Leaving Certificate Examination (including Day School Certificate (Higher) General paper), 1930
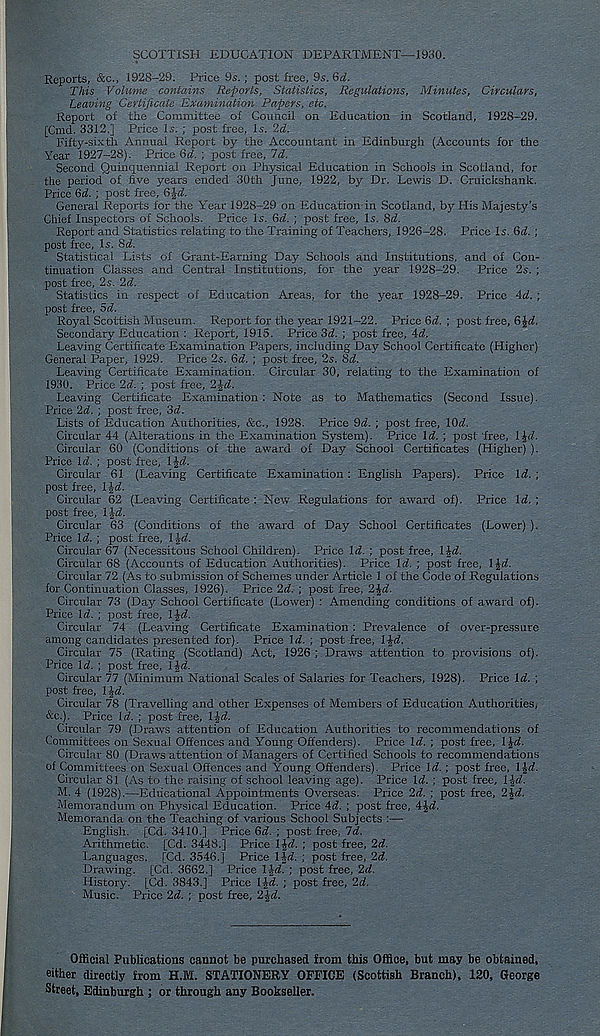
SCOTTISH EDUCATION DEPARTMENT—1930.
Reports, &c., 1928-29. Price 9s.; post free, 9s. 6d.
This Volume contains Reports, Statistics, Regulations, Minutes, Circulars,
Leaving Certificate Examination Papers, etc.
Report of the Committee of Council on Education in Scotland, 1928-29.
[Cmd. 3312.] Price Is. ; post free, Is. 2d.
Fifty-sixth Annual Report by the Accountant in Edinburgh (Accounts for the
Year 1927-28). Price 6d. ; post free, Td.
Second Quinquennial Report on Physical Education in Schools in Scotland, for
the period of five years ended 30th June, 1922, by Dr. Lewis D. Cruickshank.
Price 6o!. ; post free,
General Reports for the Year 1928-29 on Education in Scotland, by His Majesty’s
Chief Inspectors of Schools. Price Is. &d. ; post free. Is. Sd.
Report and Statistics relating to the Training of Teachers, 1926-28. Price Is. Qd. ;
post free, Is. 8a!.
Statistical Lists of Grant-Earning Day Schools and Institutions, and of Con-
tinuation Classes and Central Institutions, for the year 1928-29. Price 2s. ;
post free, 2s. 2d.
Statistics in respect of Education Areas, for the year 1928-29. Price id. ;
post free, Sd.
Royal Scottish Museum. Report for the year 1921-22. Price 6d ; post free, 6£rf.
Secondary Education : Report, 1915. Price 3d. ; post free, id.
Leaving Certificate Examination Papers, including Day School Certificate (Higher)
General Paper, 1929. Price 2s. 6d. ; post free, 2s. 8d.
Leaving Certificate Examination. Circular 30, relating to the Examination of
1930. Price 2d. ; post free, 2£d.
Leaving Certificate Examination : Note as to Mathematics (Second Issue).
Price 2d. ; post free, 3d.
Lists of Education Authorities, &c., 1928. Price 9d. ; post free, lOd.
Circular 44 (Alterations in the Examination System). Price Id. ; post free, l^d.
Circular 60 (Conditions of the award of Day School Certificates (Higher) ).
Price \d. ; post free, \^d.
Circular 61 (Leaving Certificate Examination : English Papers). Price Id. ;
post free, IJrf.
Circular 62 (Leaving Certificate : New Regulations for award of). Price Id. ;
post free, \\d.
Circular 63 (Conditions of the award of Day School Certificates (Lower) ).
Price Id. ; post free, Ifd
Circular 67 (Necessitous School Children). Price Id. ; post free, 1 Jd.
Circular 68 (Accounts of Education Authorities). Price Id. ; post free, l£d.
Circular 72 (As to submission of Schemes under Article 1 of the Code of Regulations
for Continuation Classes, 1926). Price 2d. ; post free, 2Jd.
Circular 73 (Day School Certificate (Lower) : Amending conditions of award of).
Price Id. ; post free, IJd.
Circular 74 (Leaving Certificate Examination : Prevalence of over-pressure
among candidates presented for). Price Id. ; post free, IJd.
Circular 75 (Rating (Scotland) Act, 1926 ; Draws attention to provisions of).
Price Id. ; post free, lid.
Circular 77 (Minimum National Scales of Salaries for Teachers, 1928). Price id. ;
post free, 1 £d.
Circular 78 (Travelling and other Expenses of Members of Education Authorities,
&c.). Price Id. ; post free, I Jd.
Circular 79 (Draws attention of Education Authorities to recommendations of
Committees on Sexual Offences and Young Offenders). Price Id. ; post free, 1 Jd.
Circular 80 (Draws attention of Managers of Certified Schools to recommendations
of Committees on Sexual Offences and Young Offenders). Price Id.; post free, 1 Id.
Circular 81 (As to the raising of school leaving age). Price Id. ; post free, l^d.
M. 4 (1928).—Educational Appointments Overseas. Price 2d. ; post free, 2Jd.
Memorandum on Physical Education. Price 4d. ; post free, 4£d.
Memoranda on the Teaching of various School Subjects :—
English. [Cd. 3410.] Price 6d. ; post free, 7d.
Arithmetic. [Cd. 3448.] Price IJd. ; post free, 2d.
Languages. [Cd. 3546.] Price 14d. ; post free, 2d.
Drawing. [Cd. 3662.] Price l id. ; post free, 2d.
History. [Cd. 3843.] Price l^d. ; post free, 2d.
Music. Price 2d. ; post free, 2Jd.
Official Publications cannot be purchased from this Office, but may be obtained,
either directly from H.M. STATIONERY OFFICE (Scottish Branch), 120, George
Street, Edinburgh ; or through any Bookseller.